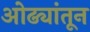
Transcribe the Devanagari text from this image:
ओढ्यांतून